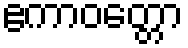
ဧကာဝတ္တော